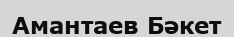
Амантаев Бәкет